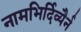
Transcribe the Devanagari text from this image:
नामभिर्दिव्यैर्न